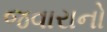
જવારાનો